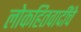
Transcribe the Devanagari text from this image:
लोकहितवादींचे